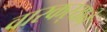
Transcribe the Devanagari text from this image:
वारकर्‍याने